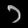
Digit: ၁